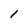
Character: I